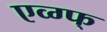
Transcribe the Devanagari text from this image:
एव्ग्फ्